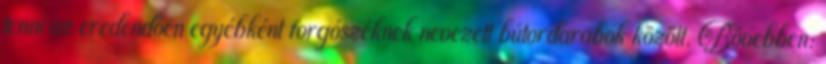
tenni az eredendően egyébként forgószéknek nevezett bútordarabok között. Bővebben: